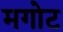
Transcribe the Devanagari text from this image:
मगोट